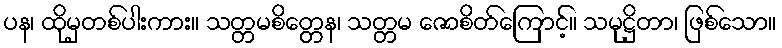
ပန၊ ထိုမှတစ်ပါးကား။ သတ္တမစိတ္တေန၊ သတ္တမ ဇောစိတ်ကြောင့်။ သမုဋ္ဌိတာ၊ ဖြစ်သော။